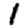
Digit: 1